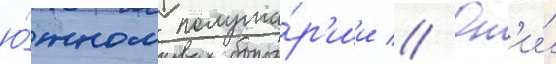
ю́жном полуша́р'ии // Он'и́